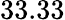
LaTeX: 33.33